Leaving Certificate Examination (including Day School Certificate (Higher) General paper), 1931
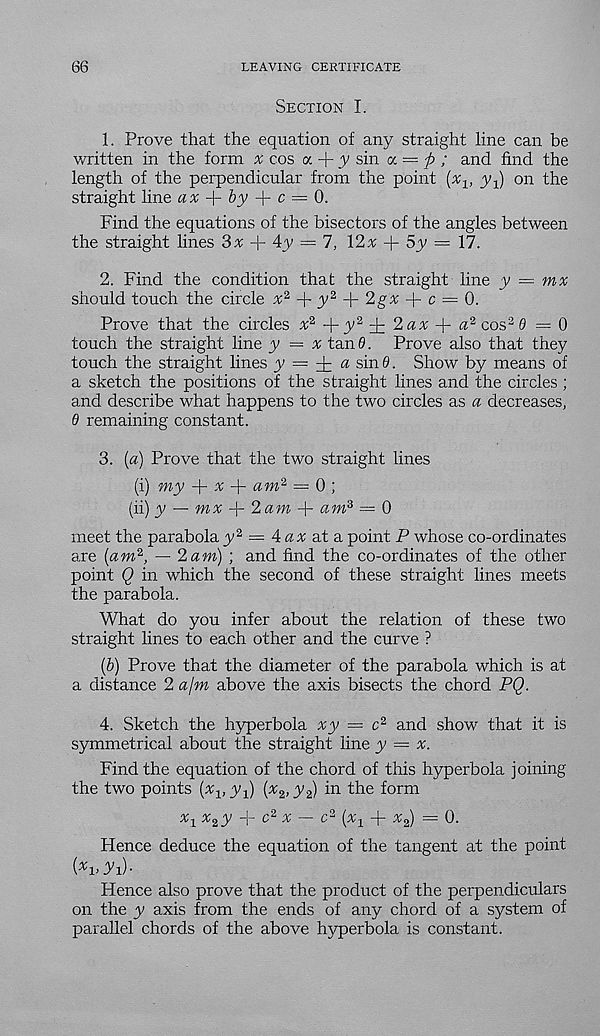
66
LEAVING CERTIFICATE
Section I.
1. Prove that the equation of any straight line can be
written in the form x cos a -f y sin a = p ; and find the
length of the perpendicular from the point (x-y, yq) on the
straight line ax
by
c —
Find the equations of the bisectors of the angles between
the straight lines 3% + 4y = 7, 12v + 5y = 17.
2. Find the condition that the straight line y = mx
should touch the circle x 2
y 2
2gx
c = 0.
Prove that the circles x 2
y 2
2 ax
a 2 cos 2 d = 0
touch the straight line y = x tan d. Prove also that they
touch the straight lines y = -^ a sind. Show by means of
a sketch the positions of the straight lines and the circles ;
and describe what happens to the two circles as a decreases,
0 remaining constant.
3. (a) Prove that the two straight lines
(i) my + % + am 2 = 0 ;
(ii) y — mx + 2am
am 3 = 0
meet the parabola y 2 = 4 ax d± a. point P whose co-ordinates
are [am 2 , — 2 am) ; and find the co-ordinates of the other
point Q in which the second of these straight lines meets
the parabola.
What do you infer about the relation of these two
straight lines to each other and the curve ?
(6) Prove that the diameter of the parabola which is at
a distance 2 a\m above the axis bisects the chord PQ.
4. Sketch the hyperbola xy = c 2 and show that it is
symmetrical about the straight line y ■ = x.
Find the equation of the chord of this hyperbola joining
the two points (%, yq) (^2> J'a)
form
Xy x % y 4- c 2 x — c 2 [xy p x 2 ) — 0.
Hence deduce the equation of the tangent at the point
( x v Jh)-
Hence also prove that the product of the perpendiculars
on the y axis from the ends of any chord of a system of
parallel chords of the above hyperbola is constant.